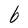
Character: b